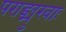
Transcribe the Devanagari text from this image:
पराङ्मुखाः